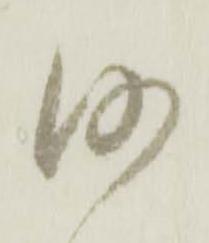
沙